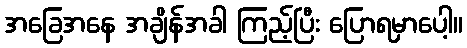
အခြေအနေ အချိန်အခါ ကြည့်ပြီး ပြောရမှာပေါ့။